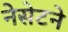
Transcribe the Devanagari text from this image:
नेसेटने